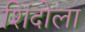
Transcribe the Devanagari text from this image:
शिंदोला